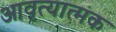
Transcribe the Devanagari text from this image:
आवृत्यात्मक